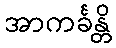
အာကင်္ခန္တိ